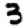
Digit: 3